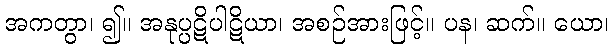
အကတွာ၊ ၍။ အနုပ္ပဋိပါဋိယာ၊ အစဉ်အားဖြင့်။ ပန၊ ဆက်။ ယော၊